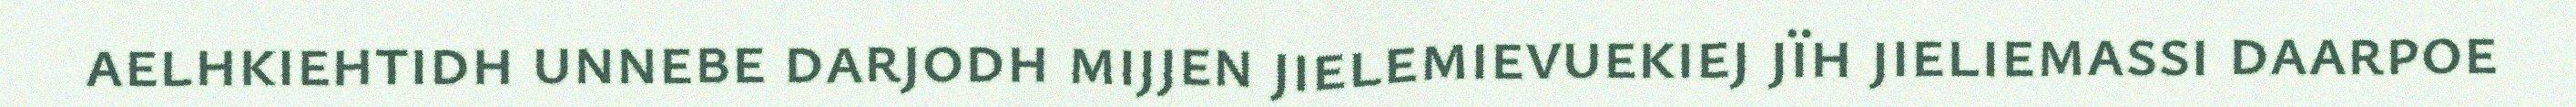
aelhkiehtidh unnebe darjodh mijjen jielemievuekiej jïh jieliemassi daarpoe